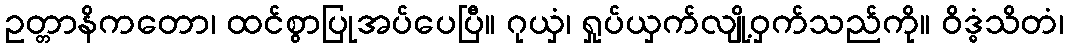
ဥတ္တာနိကတော၊ ထင်စွာပြုအပ်ပေပြီ။ ဂုယှံ၊ ရှုပ်ယှက်လျို့ဝှက်သည်ကို။ ဝိဒ္ဓံသိတံ၊